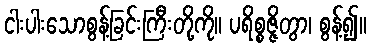
ငါးပါးသောစွန့်ခြင်းကြီးတို့ကို။ ပရိစ္စဇ္ဇိတွာ၊ စွန့်၍။